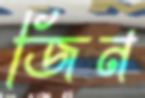
জিন